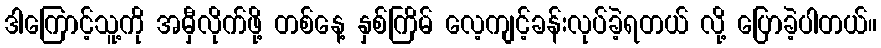
ဒါကြောင့်သူ့ကို အမှီလိုက်ဖို့ တစ်နေ့ နှစ်ကြိမ် လေ့ကျင့်ခန်းလုပ်ခဲ့ရတယ် လို့ ပြောခဲ့ပါတယ်။